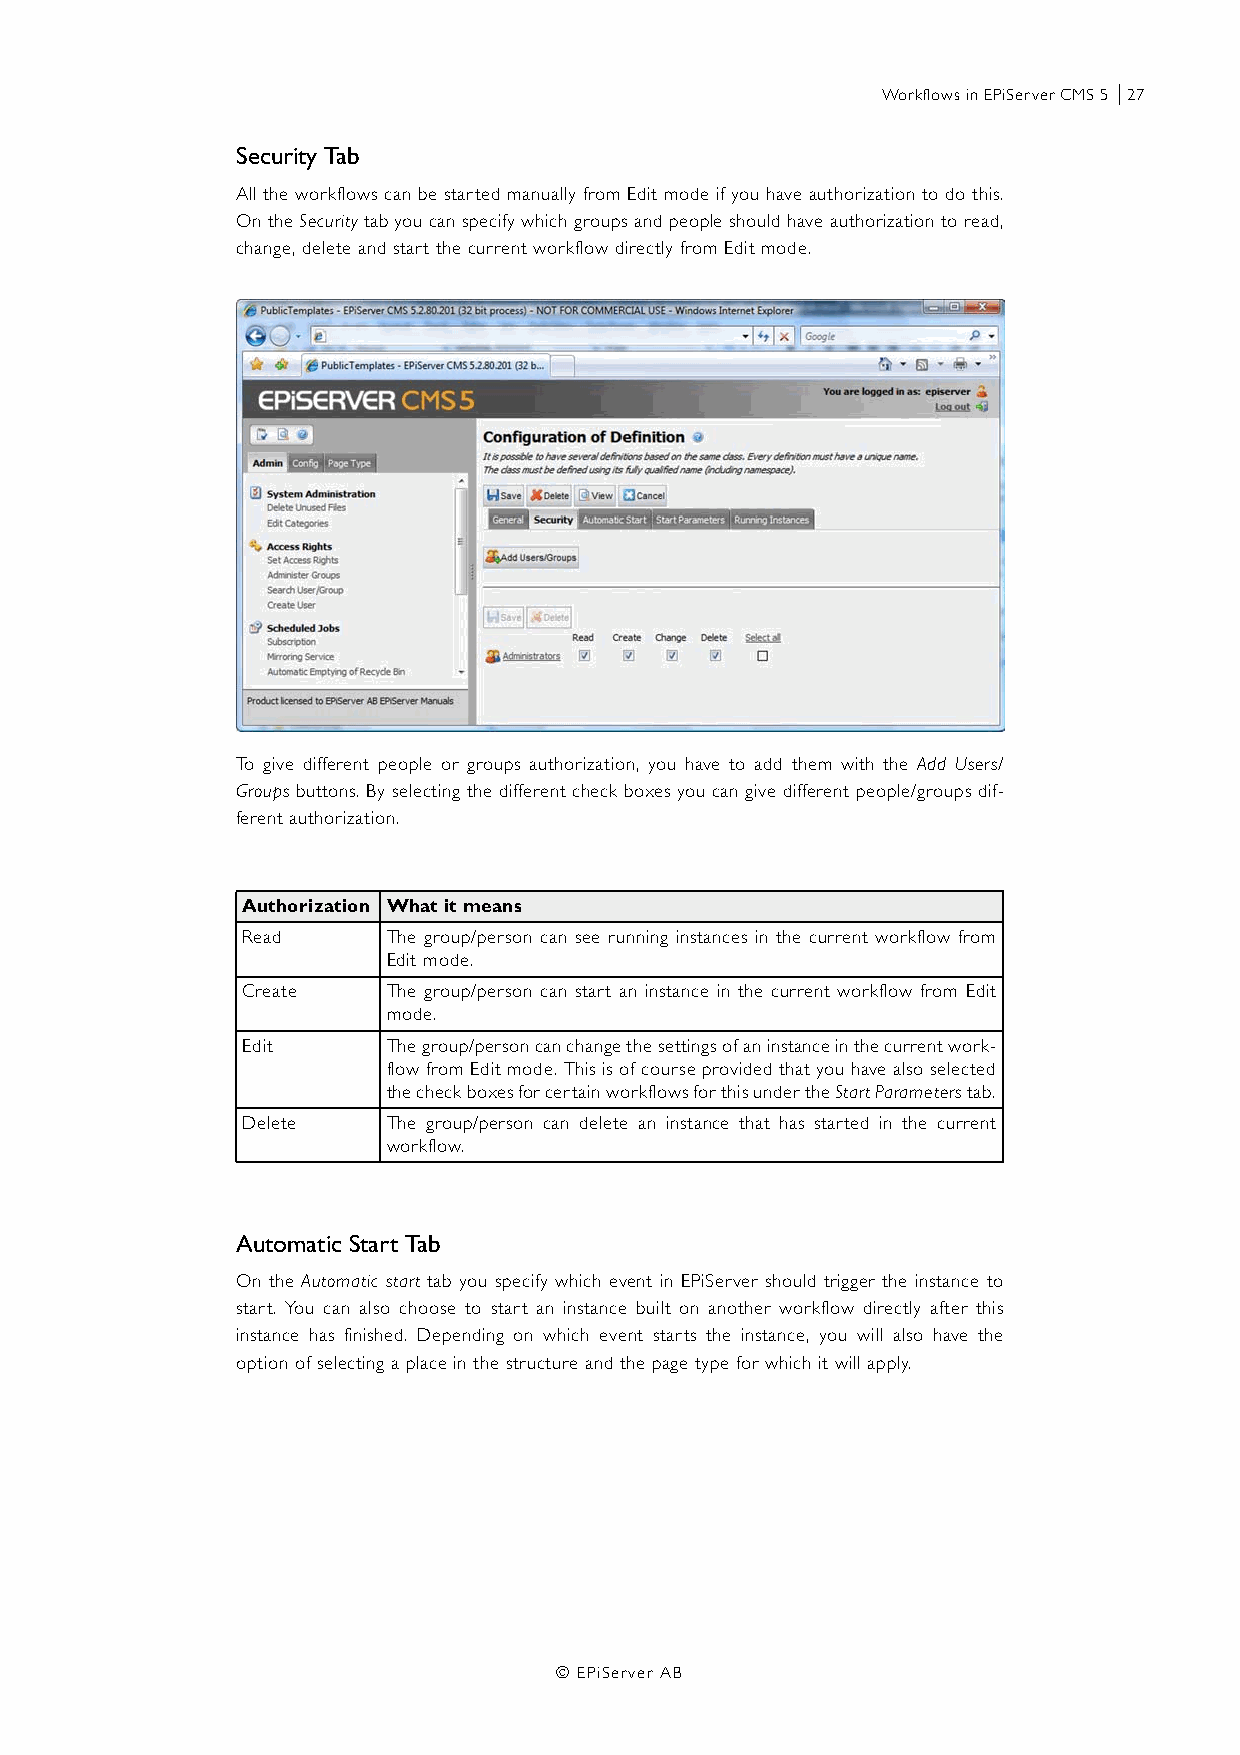
Workflows in EPiServer CMS 5 |27
 Security Tab
 All the workflows can be started manually from Edit mode if you have authorization to do this.
 On the Security tab you can specify which groups and people should have authorization to read,
 change, delete and start the current workflow directly from Edit mode.
 To give different people or groups authorization, you have to add them with the Add Users/
 Groups buttons. By selecting the different check boxes you can give different people/groups dif-
 ferent authorization.
 Authorization What it means
 Read      The group/person can see running instances in the current workflow from
 Edit mode.
 Create    The group/person can start an instance in the current workflow from Edit
 mode.
 Edit      The group/person can change the settings of an instance in the current work-
 flow from Edit mode. This is of course provided that you have also selected
 the check boxes for certain workflows for this under the Start Parameters tab.
 Delete    The group/person can delete an instance that has started in the current
 workflow.
 Automatic Start Tab
 On the Automatic start tab you specify which event in EPiServer should trigger the instance to
 start. You can also choose to start an instance built on another workflow directly after this
 instance has finished. Depending on which event starts the instance, you will also have the
 option of selecting a place in the structure and the page type for which it will apply.
 © EPiServer AB